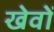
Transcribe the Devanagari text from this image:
खेवों